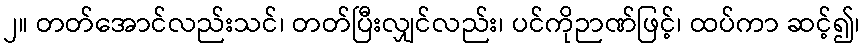
၂။ တတ်အောင်လည်းသင်၊ တတ်ပြီးလျှင်လည်း၊ ပင်ကိုဉာဏ်ဖြင့်၊ ထပ်ကာ ဆင့်၍၊